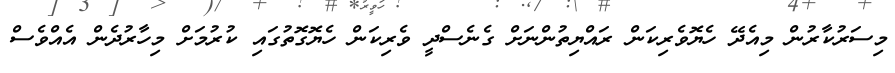
މިސަރުކާރުން މިއެދޭ ހެޔޮވެރިކަން ރައްޔިތުންނަށް ގެނެސްދީ ވެރިކަން ހެޔޮގޮތުގައި ކުރުމަށް މިހާރުދެން އެއްވެސް